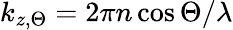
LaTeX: k_{z,\Theta}=2\pi n\cos\Theta/\lambda